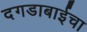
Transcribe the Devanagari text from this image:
दगडाबाईचा